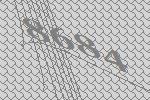
8684